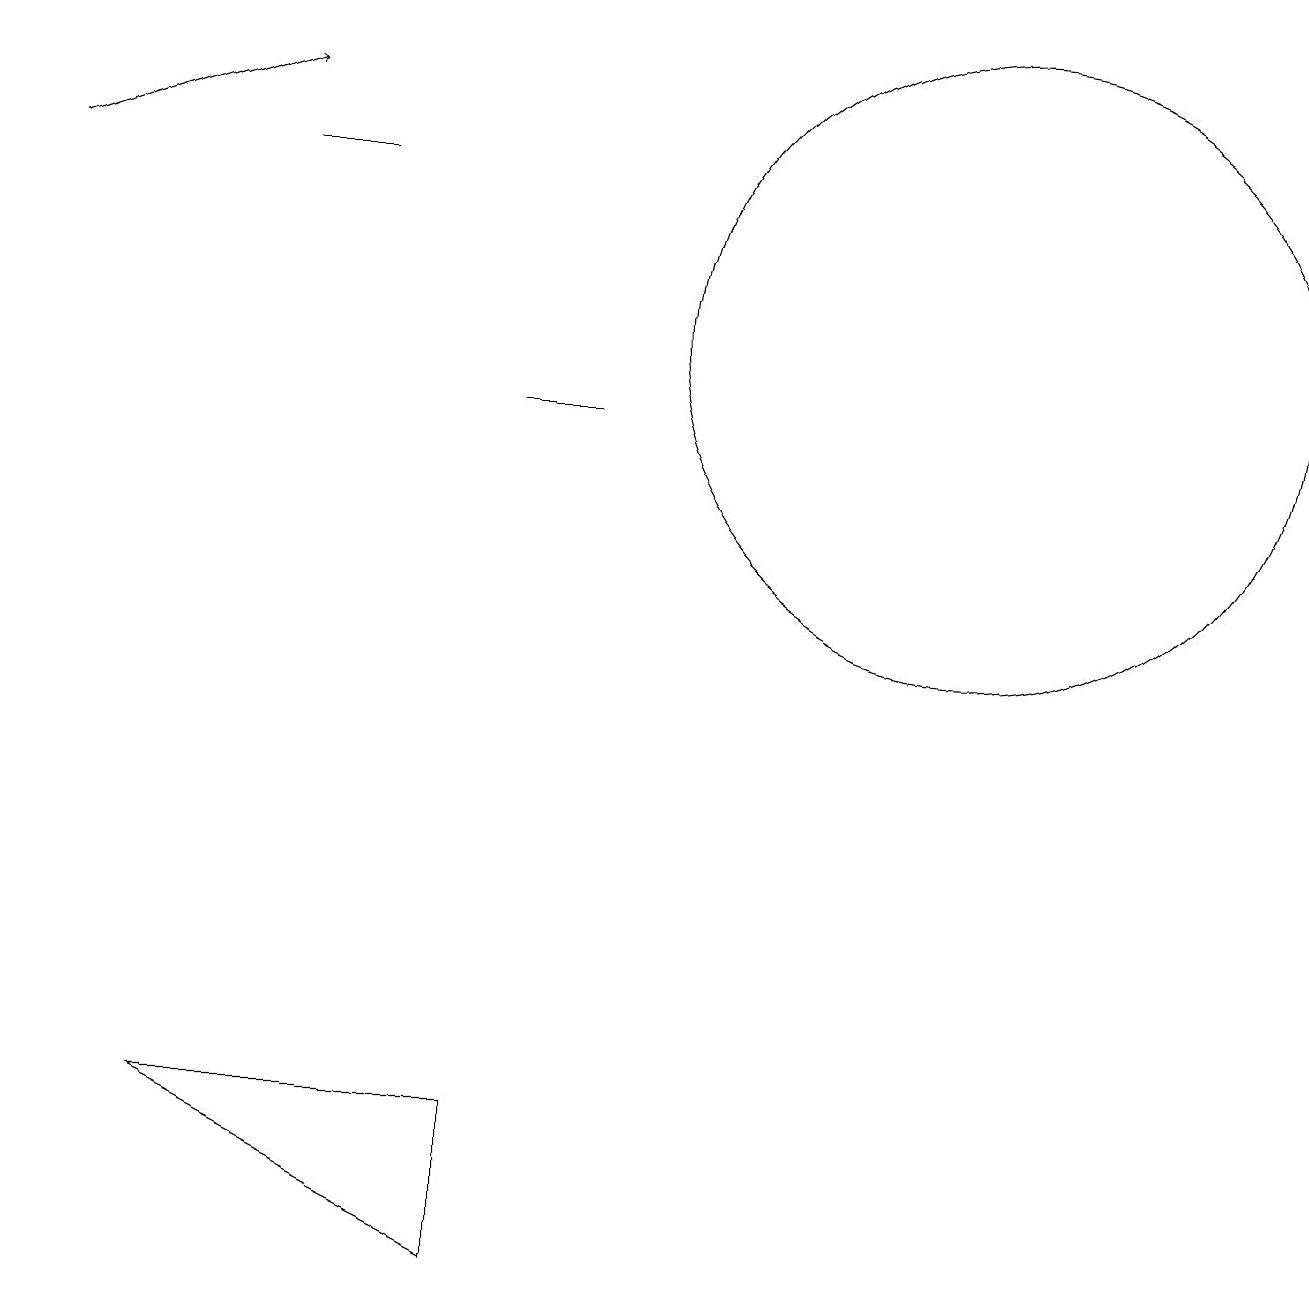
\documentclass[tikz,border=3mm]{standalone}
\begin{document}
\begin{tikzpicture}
\draw (3,14) rectangle (4,14);
\draw[->] (0,14) -- (3,15);
\draw (6,11) rectangle (7,11);
\draw (12,12) circle (4);
\draw (2,2) -- (6,0) -- (6,2) -- cycle;
\draw (12,11) circle (0);
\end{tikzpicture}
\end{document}